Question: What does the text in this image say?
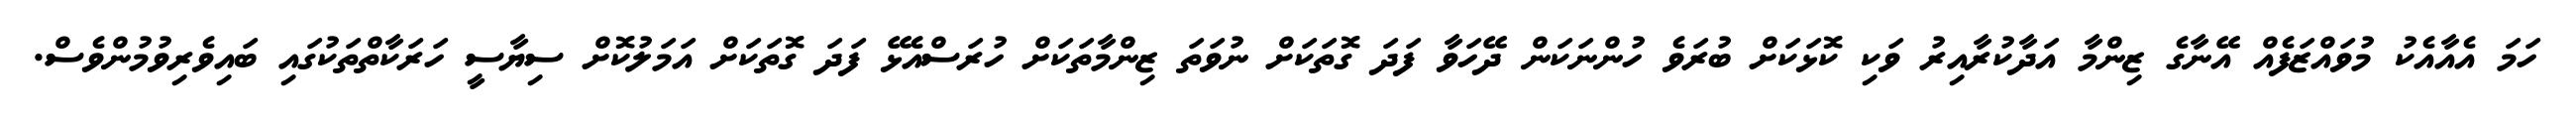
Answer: ހަމަ އެއާއެކު މުވައްޒަފެއް އޭނާގެ ޒިންމާ އަދާކުރާއިރު ވަކި ކޮޅަކަށް ބުރަވެ ހުންނަކަން ދޭހަވާ ފަދަ ގޮތަކަށް ނުވަތަ ޒިންމާތަކަށް ހުރަސްއެޅޭ ފަދަ ގޮތަކަށް އަމަލުކޮށް ސިޔާސީ ހަރަކާތްތަކުގައި ބައިވެރިވުމުންވެސް.